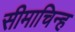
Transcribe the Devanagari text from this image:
सीमाचिन्‍ह